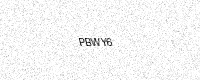
Text: PBWY6